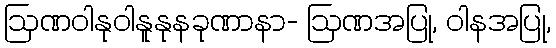
ဩဏဝါနုဝါနူနုနခုဏာနာ- ဩဏအပြု, ဝါနအပြု,